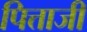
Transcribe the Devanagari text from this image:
पित्ताजी